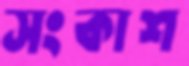
সংকাশ